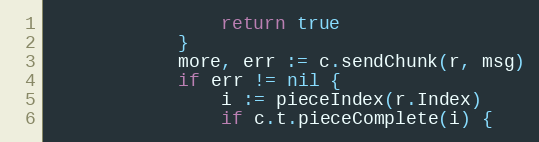
Language: Go
				return true
			}
			more, err := c.sendChunk(r, msg)
			if err != nil {
				i := pieceIndex(r.Index)
				if c.t.pieceComplete(i) {